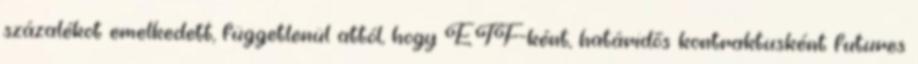
százalékot emelkedett, függetlenül attól, hogy ETF-ként, határidős kontraktusként futures